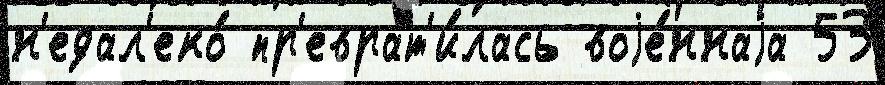
н'едал'еко́ пр'еврат'и́лась воjе́ннаjа 53